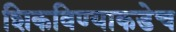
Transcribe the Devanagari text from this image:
शिकविण्याकडेच